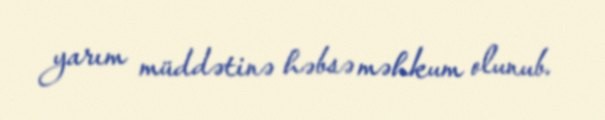
yarım müddətinə həbsə məhkum olunub.